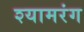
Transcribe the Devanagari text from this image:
श्यामरंग